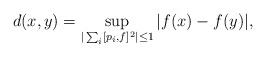
\begin{align*} d(x,y)=\sup_{|\sum_i[p_i,f]^2|\leq 1} |f(x)-f(y)|,\end{align*}